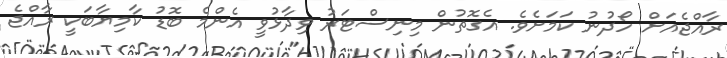
ރާއްޖެއަށް ހޯދުނު ކަމަށެވެ. އެގޮތުން މިނިސްޓަރު ވިދާޅުވީ އެންމެ ބޮޑު ކާމިޔާބަކީ ރާއްޖެ